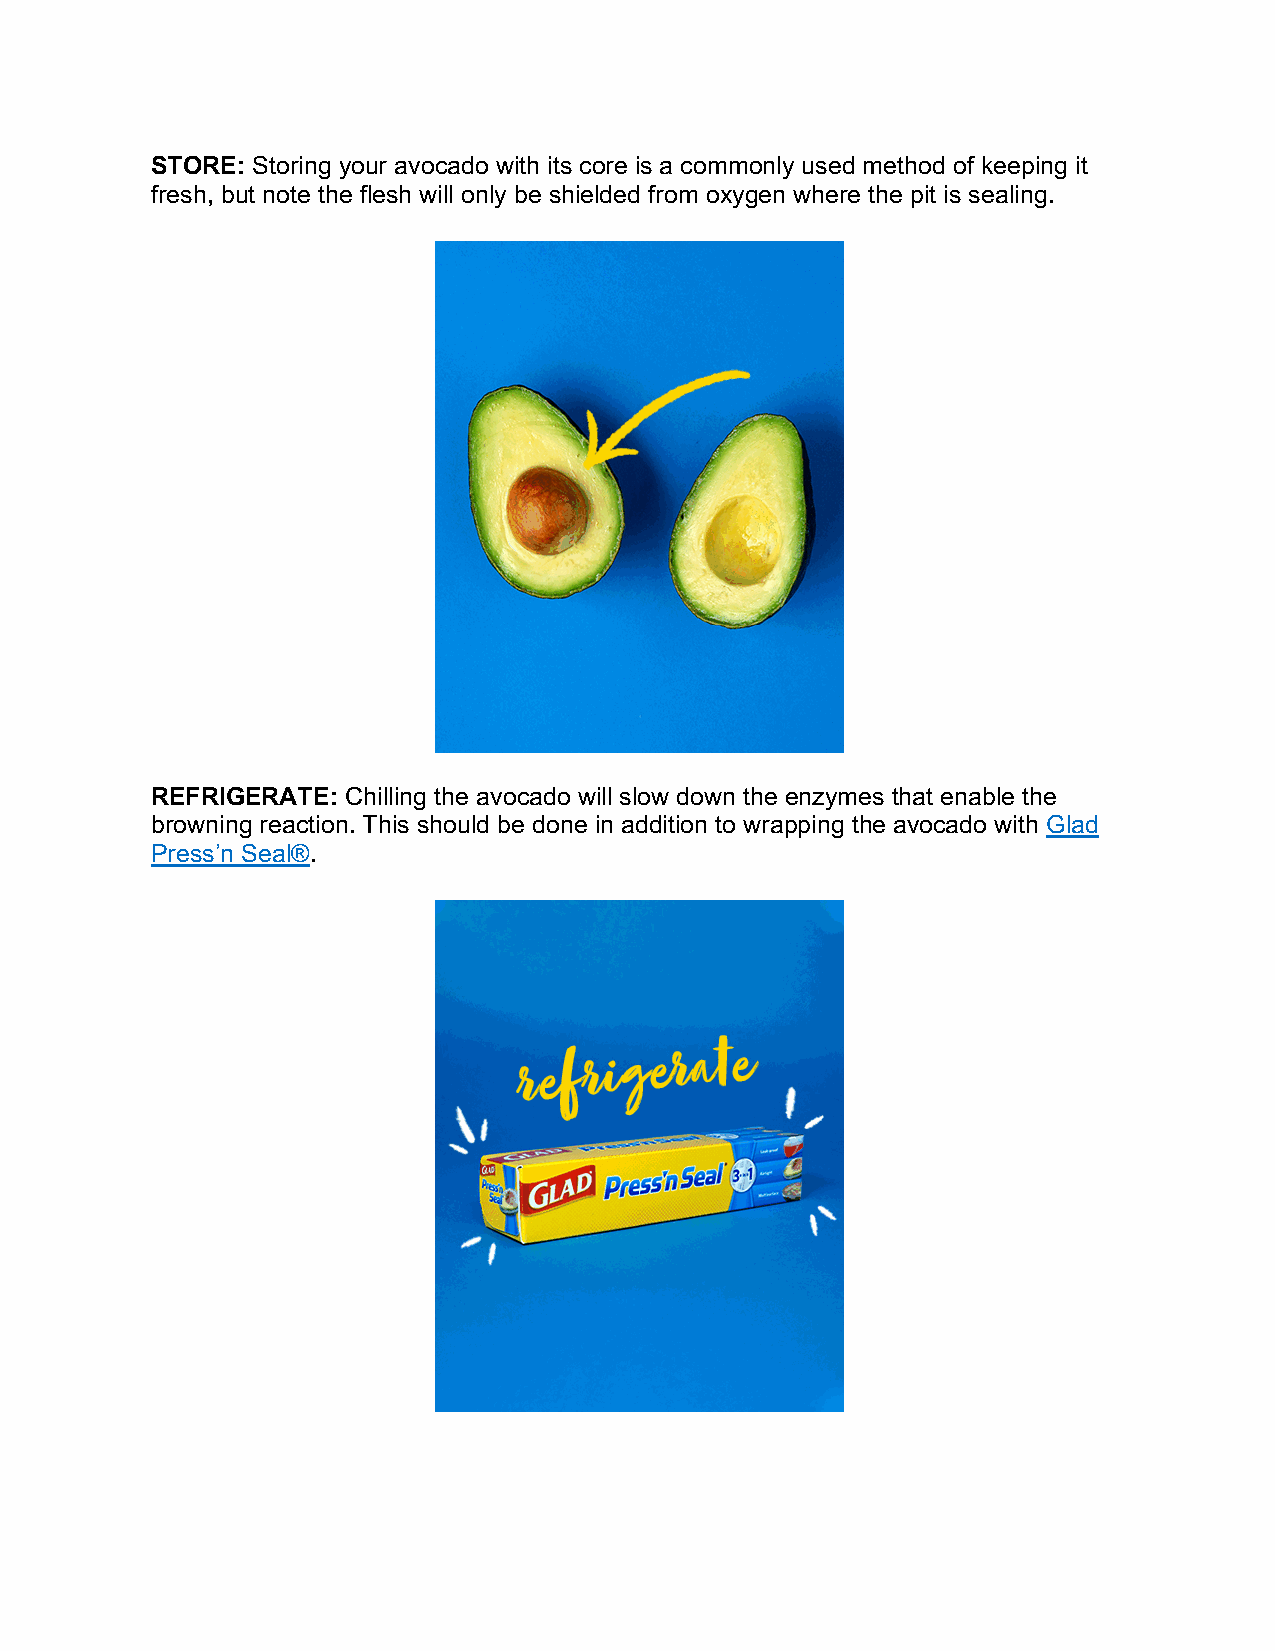
STORE: Storing your avocado with its core is a commonly used method of keeping it
 fresh, but note the flesh will only be shielded from oxygen where the pit is sealing.
 REFRIGERATE: Chilling the avocado will slow down the enzymes that enable the
 browning reaction. This should be done in addition to wrapping the avocado with Glad
 Press’n Seal®.